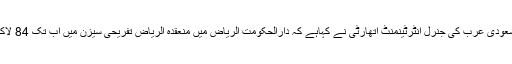
غیرملکی خبررساں ادارے کے مطابق سعودی عرب کی جنرل انٹرٹینمنٹ اتھارٹی نے کہاہے کہ دارالحکومت الریاض میں منعقدہ الریاض تفریحی سیزن میں اب تک 84 لاکھ سے زائد زائرین شرکت کرچکے ہیں۔